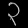
Digit: ၃